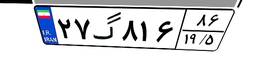
۲۷گ۸۱۶۸۶